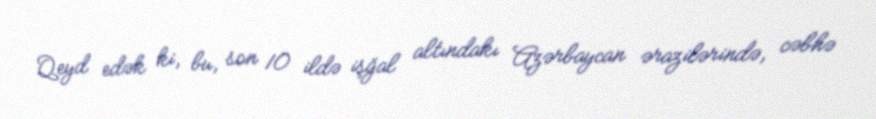
Qeyd edək ki, bu, son 10 ildə işğal altındakı Azərbaycan ərazilərində, cəbhə